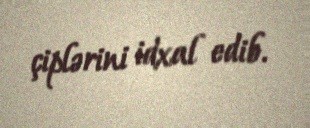
çiplərini idxal edib.